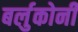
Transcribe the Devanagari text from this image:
बर्लुकोनी